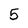
Character: 5